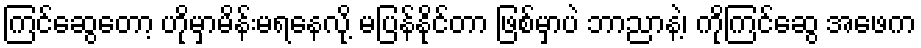
ကြင်ဆွေတော့ ဟိုမှာမိန်းမရနေလို့ မပြန်နိုင်တာ ဖြစ်မှာပဲ ဘာညာနဲ့၊ ကိုကြင်ဆွေ အဖေက